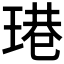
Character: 𤧈